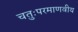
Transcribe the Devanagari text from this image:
चतुःपरमाणवीय